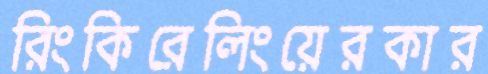
রিংকিরেলিংয়েরকার